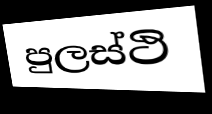
පුලස්ථි